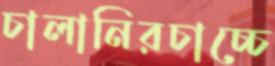
চালানিরচাচ্চে